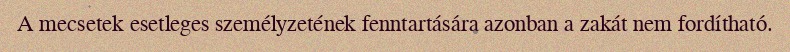
A mecsetek esetleges személyzetének fenntartására azonban a zakát nem fordítható.